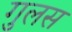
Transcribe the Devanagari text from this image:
गुलस